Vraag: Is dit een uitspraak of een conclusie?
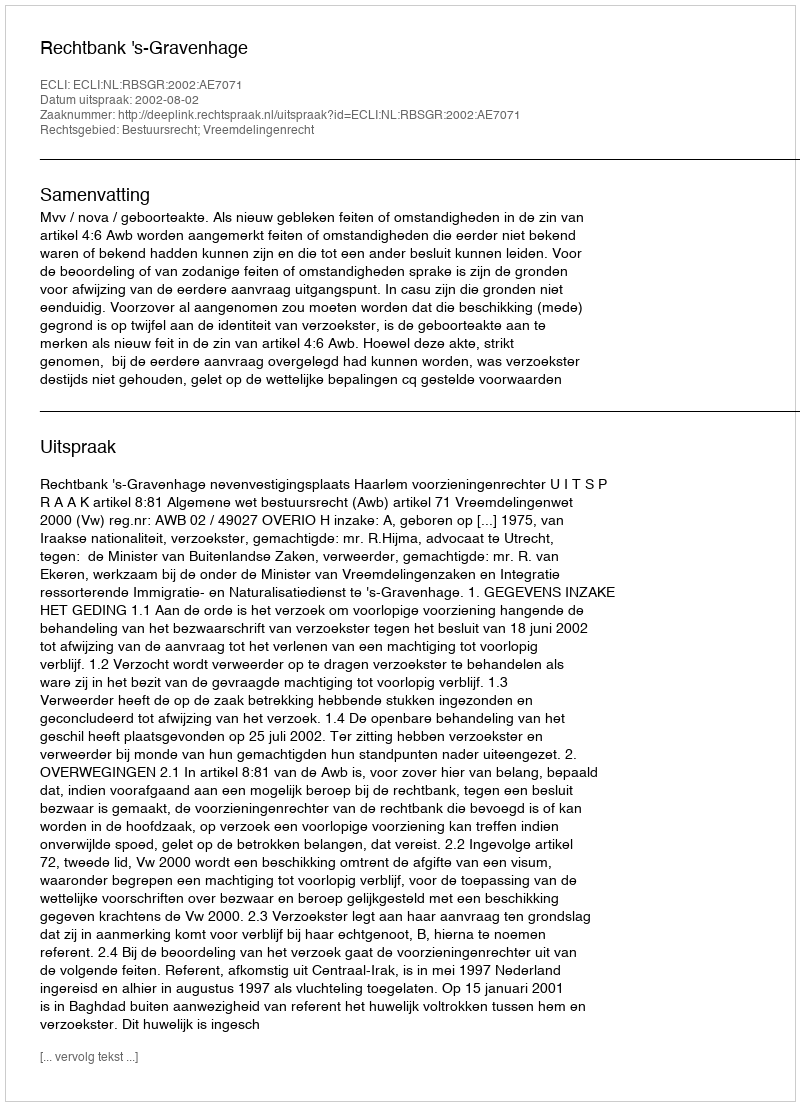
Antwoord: Uitspraak